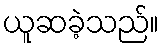
ယူဆခဲ့သည်။